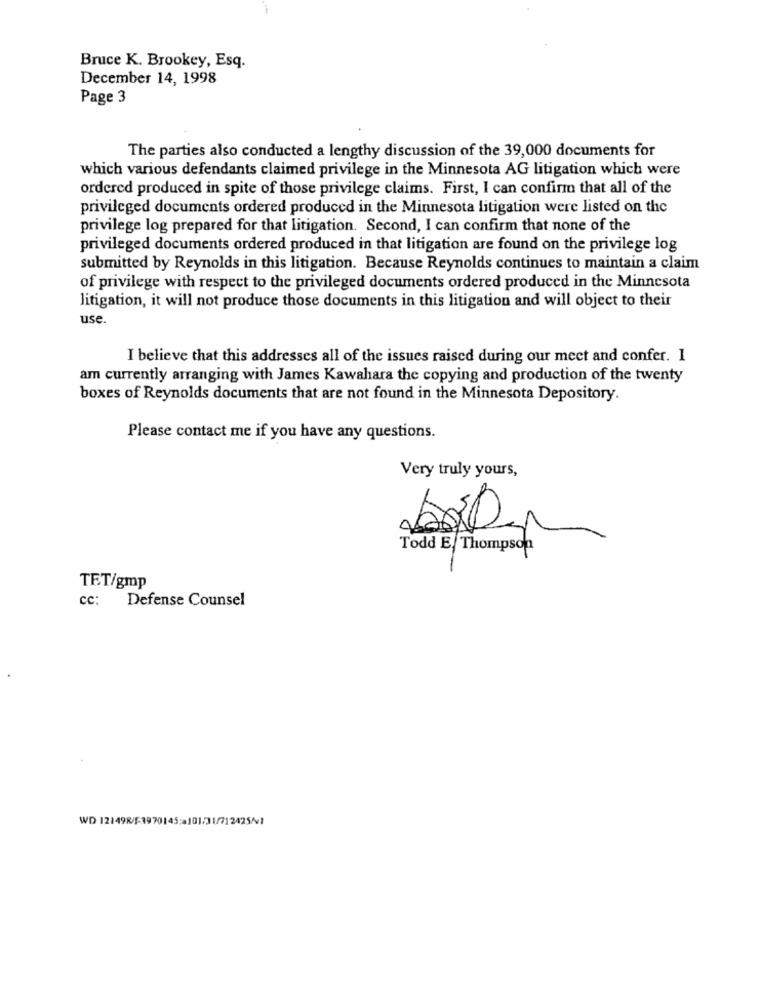
Bruce K. Brookey, Esq.
December 14, 1998
Page 3
The parties also conducted a lengthy discussion of the 39,000 documents for
which various defendants claimed privilege in the Minnesota AG litigation which were
ordered produced in spite of those privilege claims. First, I can confirm that all of the
privileged documents ordered produced in the Minnesota litigation were listed on the
privilege log prepared for that litigation. Second, I can confirm that none of the
privileged documents ordered produced in that litigation are found on the privilege log
submitted by Reynolds in this litigation. Because Reynolds continues to maintain a claim
of privilege with respect to the privileged documents ordered produced in the Minnesota
litigation, it will not produce those documents in this litigation and will object to their
use.
I believe that this addresses all of the issues raised during our meet and confer. I
am currently arranging with James Kawahara the copying and production of the twenty
boxes of Reynolds documents that are not found in the Minnesota Depository.
Please contact me if you have any questions.
Very truly yours,
Todd E/ Thompson
TET/gmp
cc:
Defense Counsel